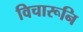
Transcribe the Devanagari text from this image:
विचारूनि